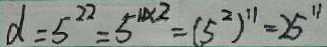
d = 5 ^ { 2 2 } = 5 ^ { 1 1 \times 2 } = ( 5 ^ { 2 } ) ^ { 1 1 } = 2 5 ^ { 1 1 }